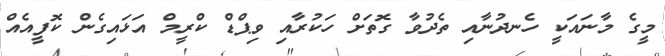
މީގެ މާނައަކީ ހެނދުނާއި ތެދުވާ ގޮތަށް ހަކުރާއި ވިޕްޑް ކްރީމް އަޅައިގެން ކޮފީއެއް